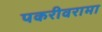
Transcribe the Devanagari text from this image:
पकरीवरामा